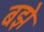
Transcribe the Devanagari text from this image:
बझे